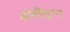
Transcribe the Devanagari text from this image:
तोलैंलूगा